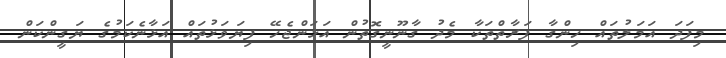
މިފަދަ އަމަލުތައް ހިންގާ ފަރާތްތަކާ މެދު ގާނޫނީގޮތުން އަޅަންޖެހޭ ފިޔަވަޅުތައް އަޅާނެކަމުގެ ޔަގީންކަން